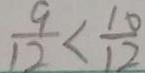
\frac { 9 } { 1 2 } < \frac { 1 0 } { 1 2 }